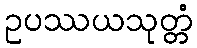
ဥပဿယသုတ္တံ